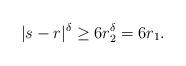
LaTeX: \begin{align*} |s-r|^\delta \geq 6r^\delta_2 =6r_1.\end{align*}